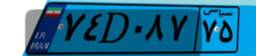
۷۴D۰۸۷۷۵